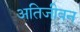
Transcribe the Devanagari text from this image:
अतिजीवन